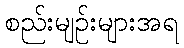
စည်းမျဉ်းများအရ